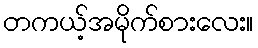
တကယ့်အမိုက်စားလေး။